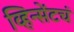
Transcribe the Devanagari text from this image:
व्हिन्सेंटचं